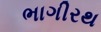
ભાગીરથ